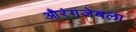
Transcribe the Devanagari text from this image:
औरंगजेबला